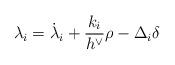
LaTeX: \begin{align*} \lambda_i = \dot{\lambda}_i + \frac{k_i}{h^\vee} \rho - \Delta_i \delta\end{align*}